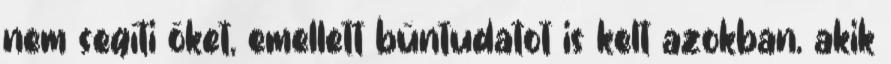
nem segíti őket, emellett bűntudatot is kelt azokban, akik